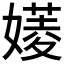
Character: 𡡷